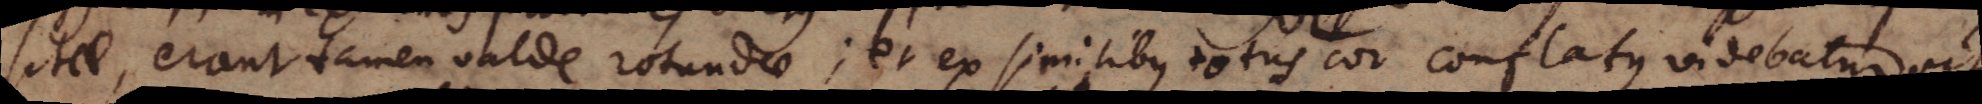
sitae, erant tamen valde rotundae; et ex similibus totus cor conflatus videbatur, ut